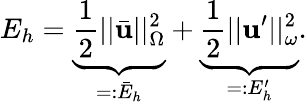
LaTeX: E_{h}=\underbrace{\frac{1}{2}||\bar{\mathbf{u}}||_{\Omega}^{2}}_{=:\bar{E}_{h}}+\underbrace{\frac{1}{2}||\mathbf{u}^{\prime}||_{\omega}^{2}}_{=:E_{h}^{\prime}}.